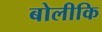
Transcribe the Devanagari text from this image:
बोलीकि